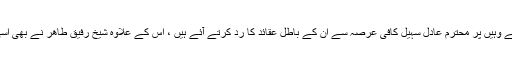
جس فورم کا لنک دیا ہے وہیں پر محترم عادل سہیل کافی عرصہ سے ان کے باطل عقائد کا رد کرتے آئے ہیں ، اس کے علاوہ شیخ رفیق طاھر نے بھی اسی فورم پر رد لکھا تھا ۔